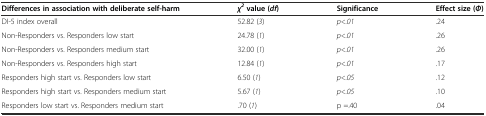
<table><thead><tr><td><b>Differences in association with deliberate self-harm</b></td><td><b><i>χ</i><sup><i>2</i></sup>value (<i>df</i>)</b></td><td><b>Significance</b></td><td><b>Effect size (<i>Φ</i>)</b></td></tr></thead><tbody><tr><td>DI-5 index overall</td><td>52.82 (<i>3</i>)</td><td><i>p&lt;.01</i></td><td>.24</td></tr><tr><td>Non-Responders vs. Responders low start</td><td>24.78 (<i>1</i>)</td><td><i>p&lt;.01</i></td><td>.26</td></tr><tr><td>Non-Responders vs. Responders medium start</td><td>32.00 (<i>1</i>)</td><td><i>p&lt;.01</i></td><td>.26</td></tr><tr><td>Non-Responders vs. Responders high start</td><td>12.84 (<i>1</i>)</td><td><i>p&lt;.01</i></td><td>.17</td></tr><tr><td>Responders high start vs. Responders low start</td><td>6.50 (<i>1</i>)</td><td><i>p&lt;.05</i></td><td>.12</td></tr><tr><td>Responders high start vs. Responders medium start</td><td>5.67 (<i>1</i>)</td><td><i>p&lt;.05</i></td><td>.10</td></tr><tr><td>Responders low start vs. Responders medium start</td><td>.70 (<i>1</i>)</td><td>p =.40</td><td>.04</td></tr></tbody></table>